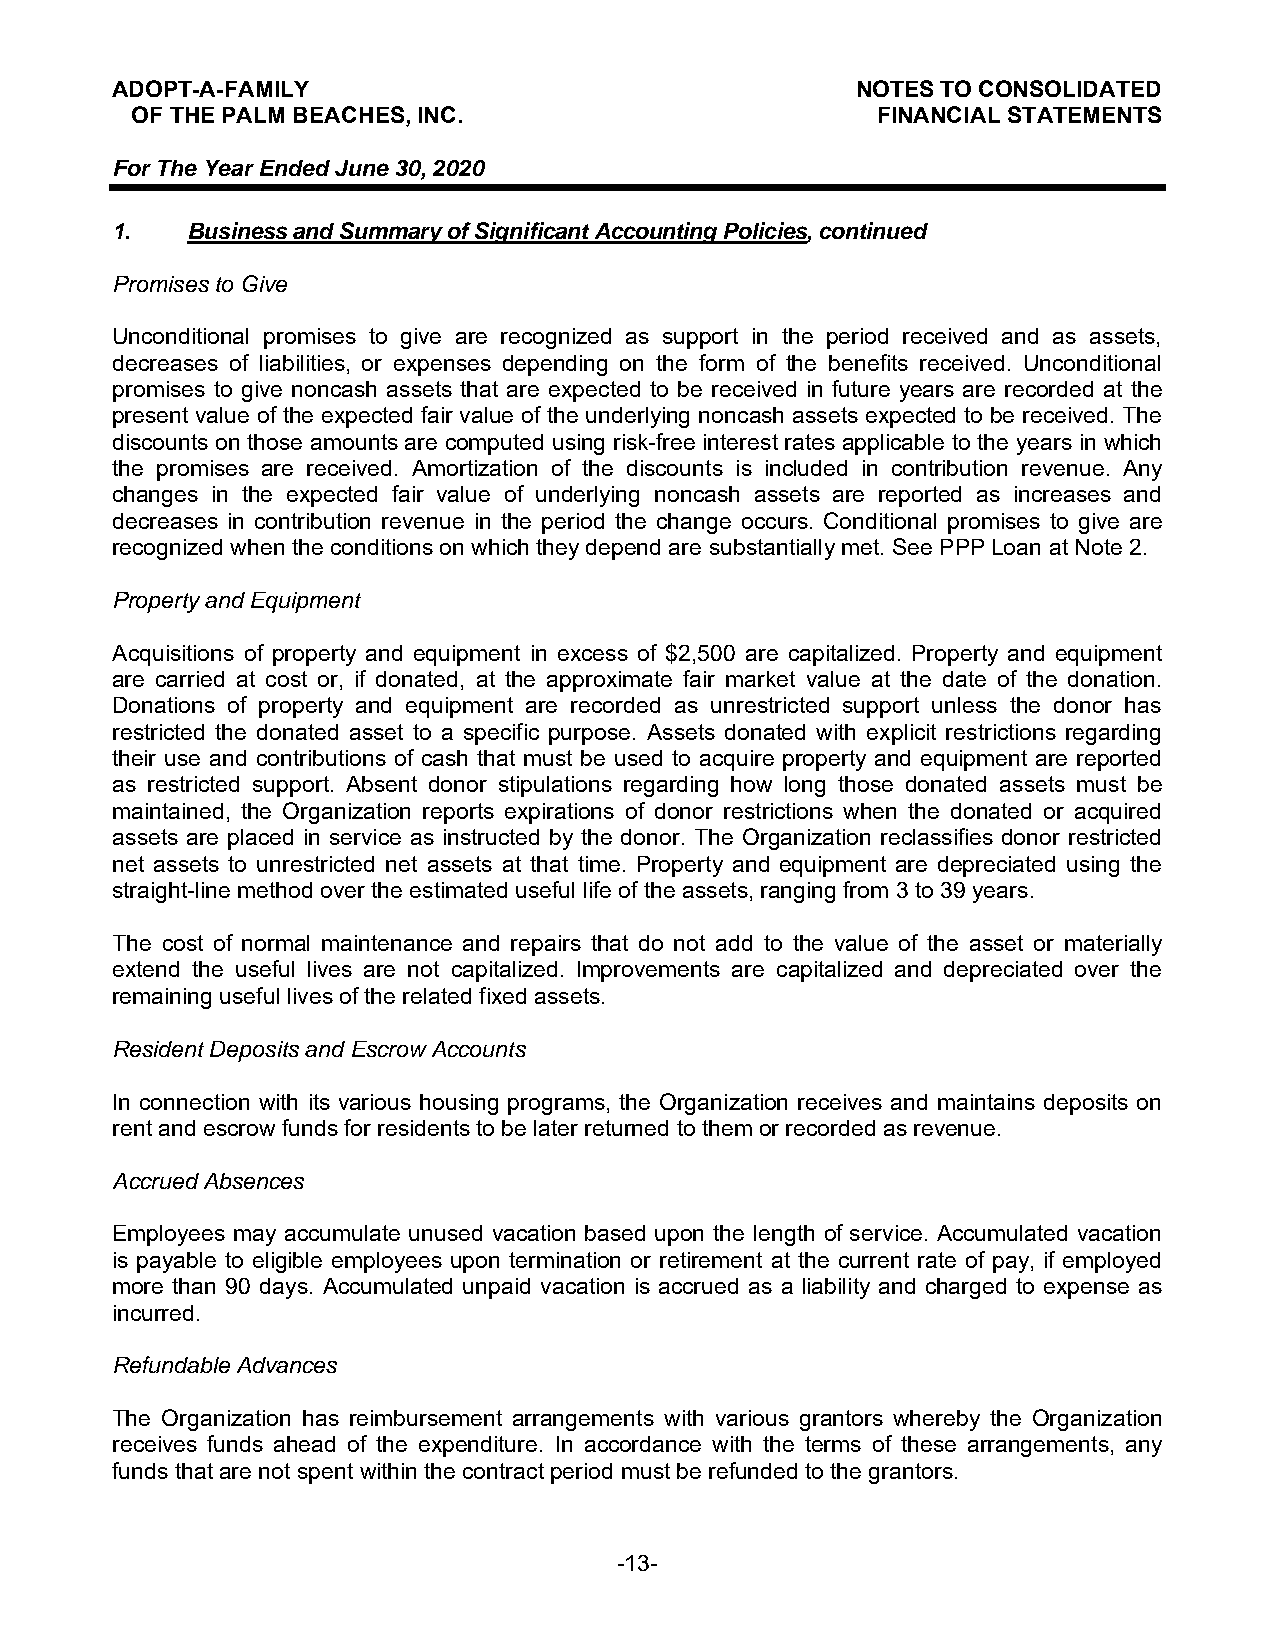
ADOPT-A-FAMILY                                    NOTES TO CONSOLIDATED
 OF THE PALM BEACHES, INC.                        FINANCIAL STATEMENTS
 For The Year Ended June 30, 2020
 1.   Business and Summary of Significant Accounting Policies, continued
 Promises to Give
 Unconditional promises to give are recognized as support in the period received and as assets,
 decreases of liabilities, or expenses depending on the form of the benefits received. Unconditional
 promises to give noncash assets that are expected to be received in future years are recorded at the
 present value of the expected fair value of the underlying noncash assets expected to be received. The
 discounts on those amounts are computed using risk-free interest rates applicable to the years in which
 the promises are received. Amortization of the discounts is included in contribution revenue. Any
 changes in the expected fair value of underlying noncash assets are reported as increases and
 decreases in contribution revenue in the period the change occurs. Conditional promises to give are
 recognized when the conditions on which they depend are substantially met. See PPP Loan at Note 2.
 Property and Equipment
 Acquisitions of property and equipment in excess of $2,500 are capitalized. Property and equipment
 are carried at cost or, if donated, at the approximate fair market value at the date of the donation.
 Donations of property and equipment are recorded as unrestricted support unless the donor has
 restricted the donated asset to a specific purpose. Assets donated with explicit restrictions regarding
 their use and contributions of cash that must be used to acquire property and equipment are reported
 as restricted support. Absent donor stipulations regarding how long those donated assets must be
 maintained, the Organization reports expirations of donor restrictions when the donated or acquired
 assets are placed in service as instructed by the donor. The Organization reclassifies donor restricted
 net assets to unrestricted net assets at that time. Property and equipment are depreciated using the
 straight-line method over the estimated useful life of the assets, ranging from 3 to 39 years.
 The cost of normal maintenance and repairs that do not add to the value of the asset or materially
 extend the useful lives are not capitalized. Improvements are capitalized and depreciated over the
 remaining useful lives of the related fixed assets.
 Resident Deposits and Escrow Accounts
 In connection with its various housing programs, the Organization receives and maintains deposits on
 rent and escrow funds for residents to be later returned to them or recorded as revenue.
 Accrued Absences
 Employees may accumulate unused vacation based upon the length of service. Accumulated vacation
 is payable to eligible employees upon termination or retirement at the current rate of pay, if employed
 more than 90 days. Accumulated unpaid vacation is accrued as a liability and charged to expense as
 incurred.
 Refundable Advances
 The Organization has reimbursement arrangements with various grantors whereby the Organization
 receives funds ahead of the expenditure. In accordance with the terms of these arrangements, any
 funds that are not spent within the contract period must be refunded to the grantors.
 -13-